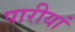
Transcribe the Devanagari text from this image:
पारीयां